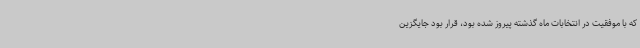
که با موفقیت در انتخابات ماه گذشته پیروز شده بود، قرار بود جایگزین